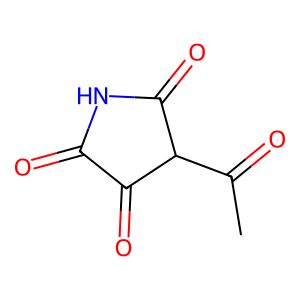
SMILES: CC(=O)C1C(=O)NC(=O)C1=O
Inhibits HIV replication: No